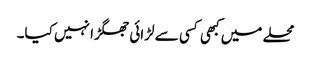
محلے میں کبھی کسی سے لڑائی جھگڑا نہیں کیا۔